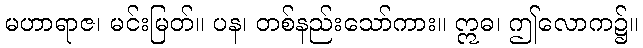
မဟာရာဇ၊ မင်းမြတ်။ ပန၊ တစ်နည်းသော်ကား။ ဣဓ၊ ဤလောက၌။